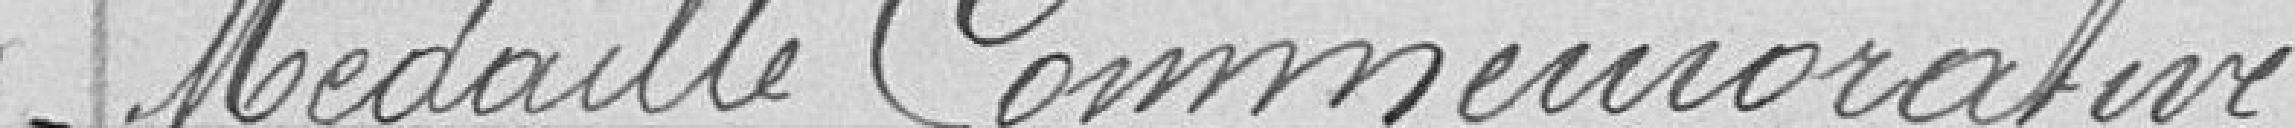
Médaille Commémorative